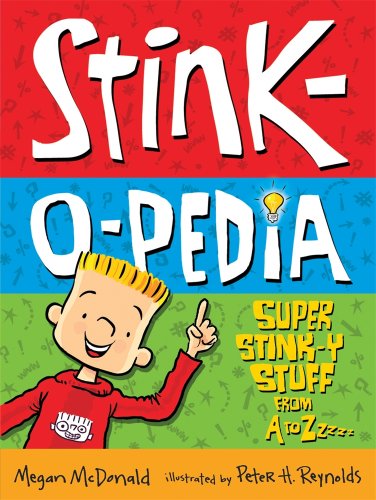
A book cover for Stink-O-Pedia: Super Stink-Y Stuff From A to Zzzzz; Megan McDonald; Reference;